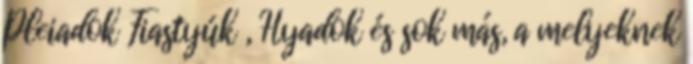
Pleiadok Fiastyúk , Hyadok és sok más, a melyeknek